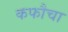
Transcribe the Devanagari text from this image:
कफौचा